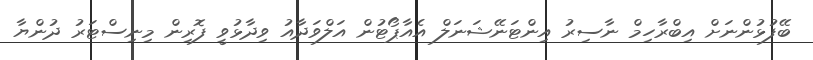
ބޭފުޅުންނަށް އިބްރާހިމް ނާސިރު އިންޓަނޭޝަނަލް އެއާޕޯޓުން އަލްވަދާއު ވިދާޅުވީ ފޮރިން މިނިސްޓަރު ދުންޔާ